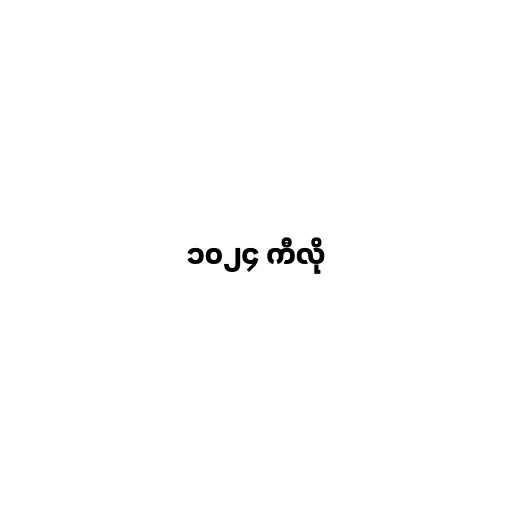
၁၀၂၄ ကီလို